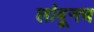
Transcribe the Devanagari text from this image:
लांबूनच